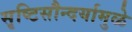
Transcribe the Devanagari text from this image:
सृष्टिसौन्दर्यामुळे